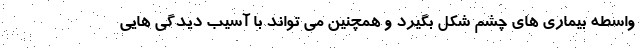
واسطه بیماری های چشم شکل بگیرد و همچنین می تواند با آسیب دیدگی هایی